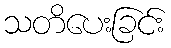
သတိပေးခြင်း